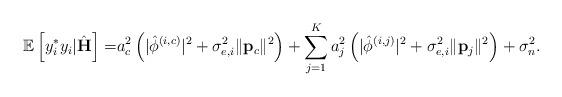
LaTeX: \begin{align*} \mathbb{E}\left[ y_i^* y_i|\hat{\mathbf{H}}\right]=&a_c^2\left(\lvert\hat{\phi}^{\left(i,c\right)}\rvert^2+\sigma_{e,i}^2\lVert\mathbf{p}_c\rVert^2\right)+\sum_{j=1}^{K}a_j^2\left(\lvert\hat{\phi}^{\left(i,j\right)}\rvert^2+\sigma_{e,i}^2\lVert\mathbf{p}_j\rVert^2\right)+\sigma_n^2.\end{align*}